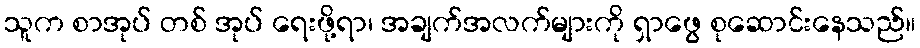
သူက စာအုပ် တစ် အုပ် ရေးဖို့ရာ၊ အချက်အလက်များကို ရှာဖွေ စုဆောင်းနေသည်။